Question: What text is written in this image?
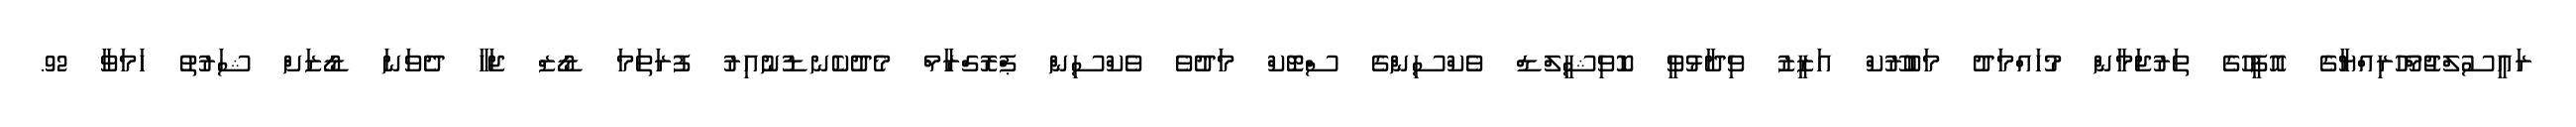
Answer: ރައީސުލްޖުމްހޫރިއްޔާގެ އޮފީހުގެ ތަރުޖަމާން މުހައްމަދު މަބުރޫކް އަޒީޒު ވިދާޅުވީ ކޮވިޝީލްޑް ވެކްސިންގެ ސްޓޮކް މަދުވެ ވެކްސިން ޕްރޮގްރާމް މެދުކެނޑުނުއިރު ފުރަތަމަ ޑޯޒް ޖަހާ ދެވަނަ ޑޯޒަށް ޝަރުތު ހަމަވާ 92.